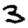
Digit: 3